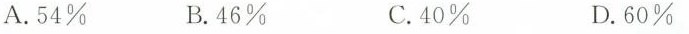
A.54\% B.46\% C.40\% D.60\ %